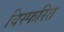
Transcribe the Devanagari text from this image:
विस्फरित